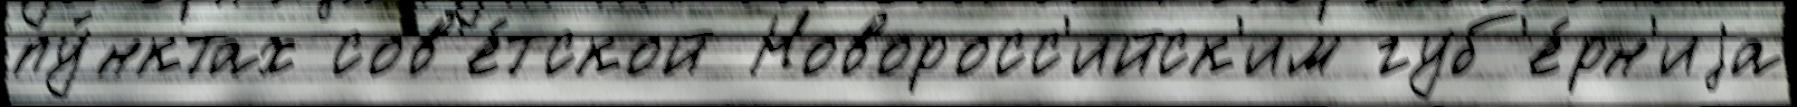
пу́нктах сов'е́тской Новоросс'ийск'им губ'е́рн'иjа